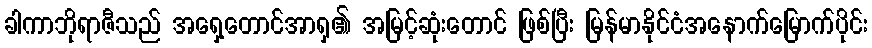
ခါကာဘိုရာဇီသည် အရှေ့တောင်အာရှ၏ အမြင့်ဆုံးတောင် ဖြစ်ပြီး မြန်မာနိုင်ငံအနောက်မြောက်ပိုင်း